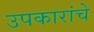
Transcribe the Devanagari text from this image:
उपकारांचे